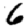
Digit: 6